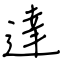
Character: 達